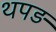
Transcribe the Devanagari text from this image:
थपड़